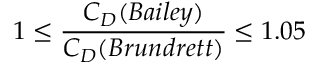
1 \leq \frac { C _ { D } ( B a i l e y ) } { C _ { D } ( B r u n d r e t t ) } \leq 1 . 0 5